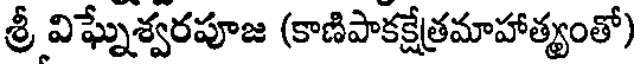
శ్రీ విఘ్నేశ్వరపూజ (కాణిపాకక్షేత్రమాహాత్యంతో)